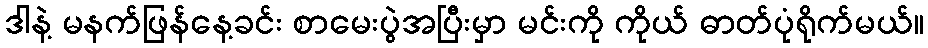
ဒါနဲ့ မနက်ဖြန်နေ့ခင်း စာမေးပွဲအပြီးမှာ မင်းကို ကိုယ် ဓာတ်ပုံရိုက်မယ်။